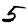
Digit: 5